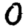
Digit: 0